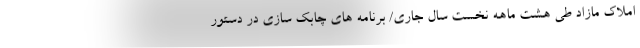
املاک مازاد طی هشت ماهه نخست سال جاری/ برنامه های چابک سازی در دستور